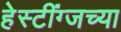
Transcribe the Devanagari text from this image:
हेस्टींग्जच्या